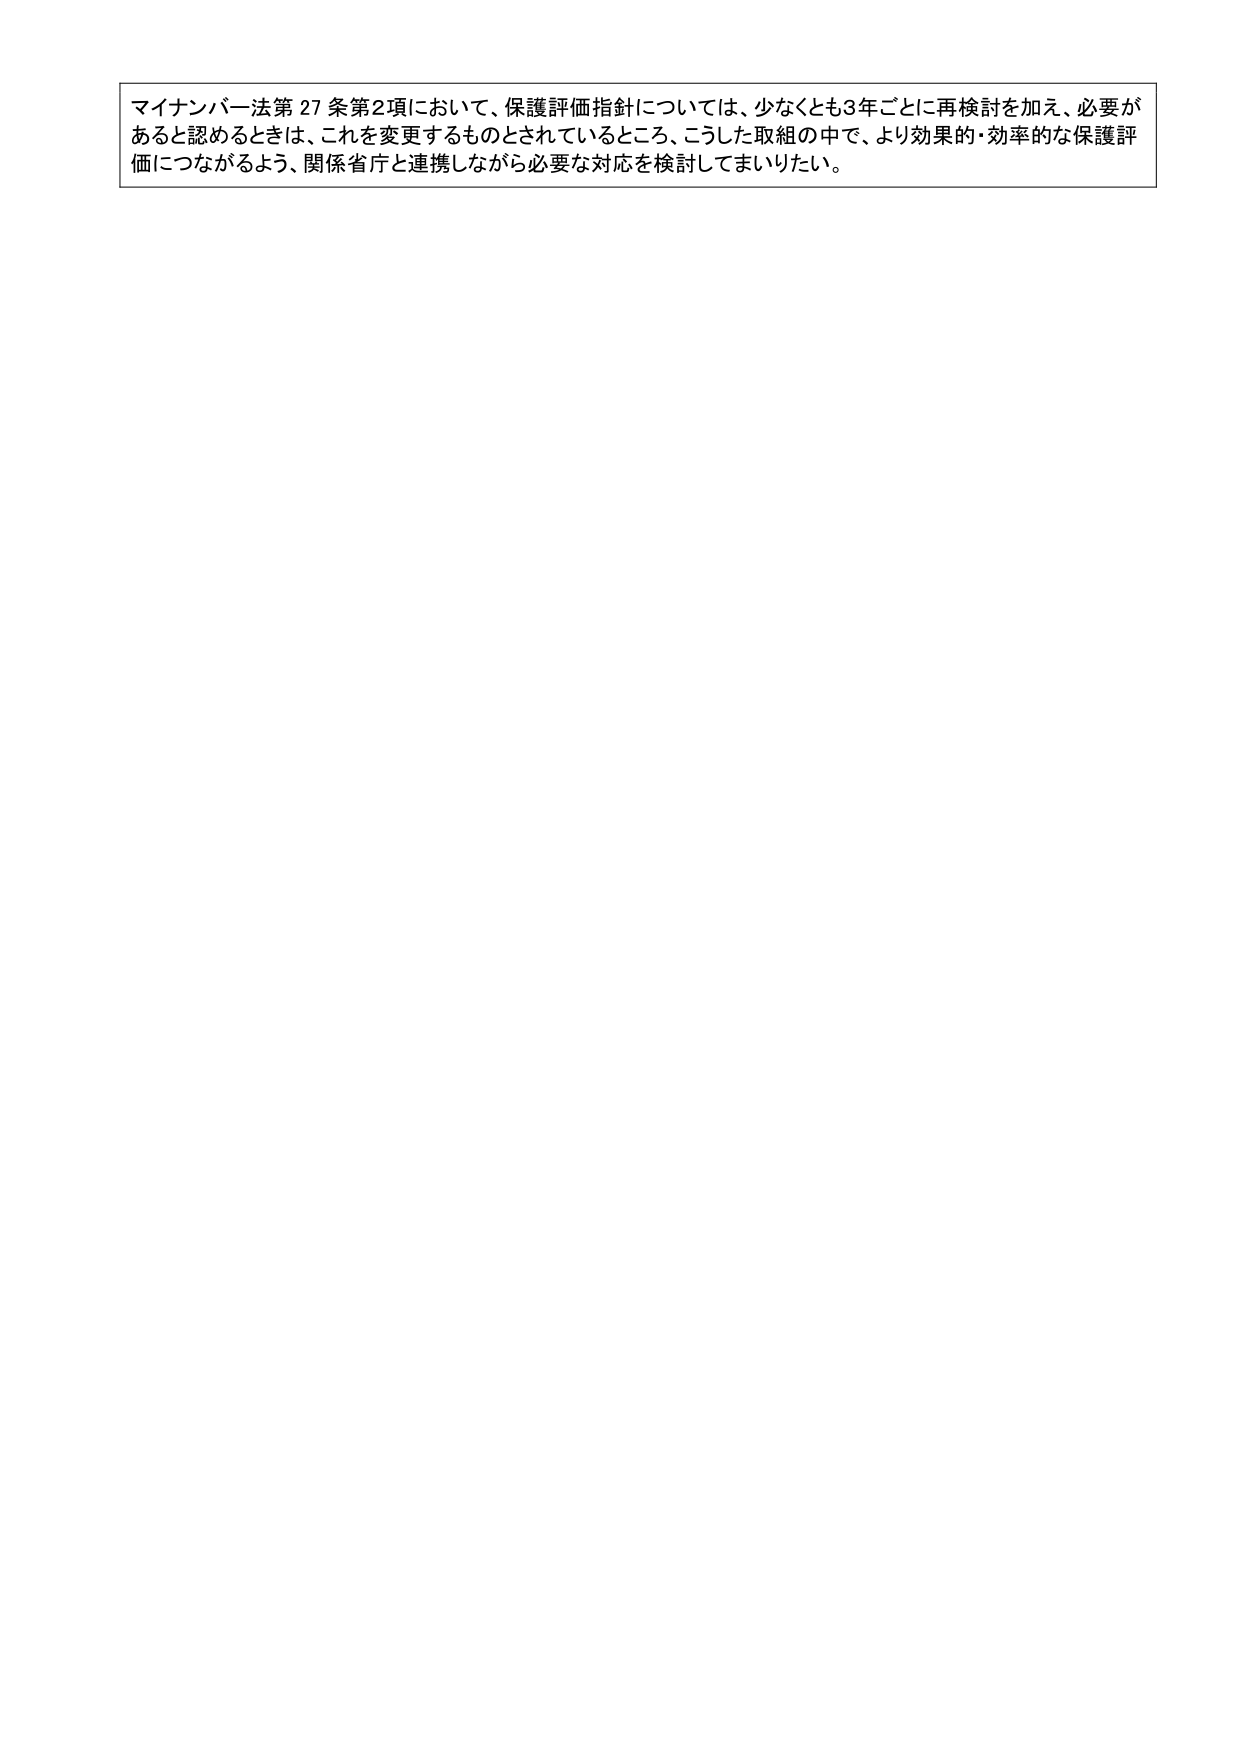
マイナンバー法第27条第2項において、保護評価指針については、少なくとも3年ごとに再検討を加え、必要があると認めるときは、これを変更するものとされているところ、こうした取組の中で、より効果的・効率的な保護評価につながるよう、関係省庁と連携しながら必要な対応を検討してまいりたい。